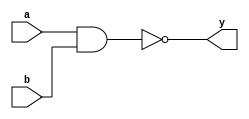
module gnand(
    input a,
    input b,
    output y
    );
	 nand(y,a,b);


endmodule